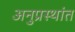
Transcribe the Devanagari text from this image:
अनुप्रस्थांत